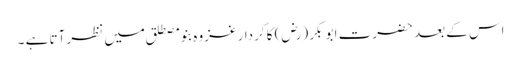
اس کے بعد حضرت ابو بکر (رض) کا کردار غزوہ بنو مصطلق میں نظر آتا ہے ۔